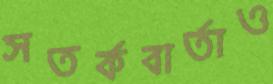
সতর্কবার্তাও